Report of the Indian Hemp Drugs Commission, 1894-1895 - Volume IV
Year: 1894
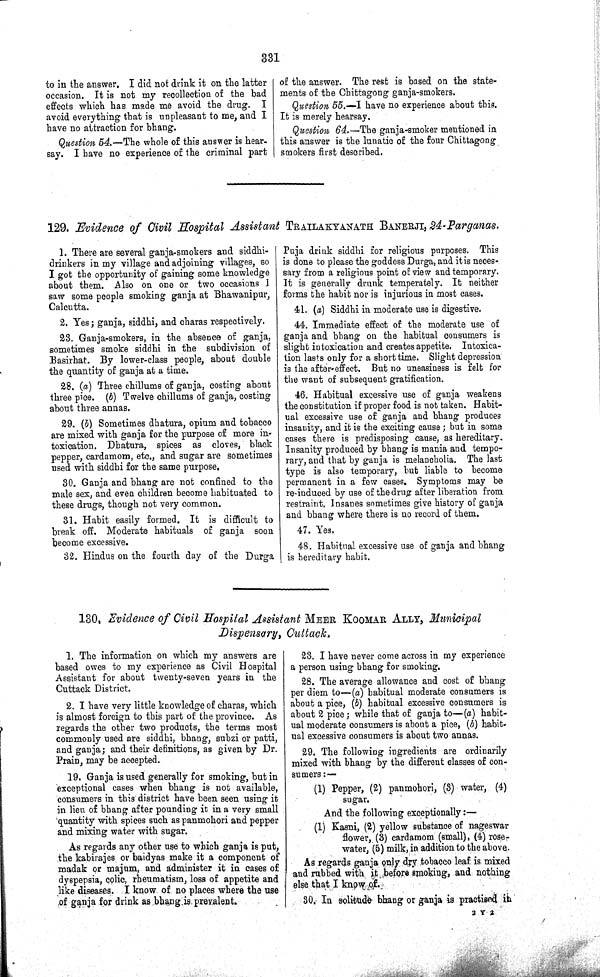
331
to in the answer. I did not drink it on the latter
occasion. It is not my recollection of the bad
effects which has made me avoid the drug. I
avoid everything that is unpleasant to me, and I
have no attraction for bhang.
Question 54.—The whole of this answer is hear-
say. I have no experience of the criminal part
of the answer. The rest is based on the state-
ments of the Chittagong ganja-smokers.
Question 55.—I have no experience about this.
It is merely hearsay.
Question 64.—The ganja-smoker mentioned in
this answer is the lunatic of the four Chittagong
smokers first described.
129. Evidence of Civil Hospital Assistant TRAILAKYANATH BANERJI, 24-Parganas.
1. There are several ganja-smokers and siddhi-
drinkers in my village and adjoining villages, so
I got the opportunity of gaining some knowledge
about them. Also on one or two occasions I
saw some people smoking ganja at Bhawanipur,
Calcutta.
2. Yes; ganja, siddhi, and charas respectively.
23. Ganja-smokers, in the absence of ganja,
sometimes smoke siddhi in the subdivision of
Basirhat. By lower-class people, about double
the quantity of ganja at a time.
28. (a) Three chillums of ganja, costing about
three pice. (b) Twelve chillums of ganja, costing
about three annas.
29. (b) Sometimes dhatura, opium and tobacco
are mixed with ganja for the purpose of more in-
toxication. Dhatura, spices as cloves, black
pepper, cardamom, etc., and sugar are sometimes
used with siddhi for the same purpose.
30. Ganja and bhang are not confined to the
male sex, and even children become habituated to
these drugs, though not very common.
31. Habit easily formed. It is difficult to
break off. Moderate habituals of ganja soon
become excessive.
32. Hindus on the fourth day of the Durga
Puja drink siddhi for religious purposes. This
is done to please the goddess Durga, and it is neces-
sary from a religious point of view and temporary.
It is generally drunk temperately. It neither
forms the habit nor is injurious in most cases.
41. (a) Siddhi in moderate use is digestive.
44. Immediate effect of the moderate use of
ganja and bhang on the habitual consumers is
slight intoxication and creates appetite. Intoxica-
tion lasts only for a short time. Slight depression
is the after-effect. But no uneasiness is felt for
the want of subsequent gratification.
46. Habitual excessive use of ganja weakens
the constitution if proper food is not taken. Habit-
ual excessive use of ganja and bhang produces
insanity, and it is the exciting cause; but in some
cases there is predisposing cause, as hereditary.
Insanity produced by bhang is mania and tempo-
rary, and that by ganja is melancholia. The last
type is also temporary, but liable to become
permanent in a few cases. Symptoms may be
re-induced by use of the drug after liberation from
restraint. Insanes sometimes give history of ganja
and bhang where there is no record of them.
47. Yes.
48. Habitual excessive use of ganja and bhang
is hereditary habit.
130. Evidence of Civil Hospital Assistant MEER KOOMAR ALLY, Municipal
Dispensary, Cuttack.
1. The information on which my answers are
based owes to my experience as Civil Hospital
Assistant for about twenty-seven years in the
Cuttack District.
2. I have very little knowledge of charas, which
is almost foreign to this part of the province. As
regards the other two products, the terms most
commonly used are siddhi, bhang, subzi or patti,
and ganja; and their definitions, as given by Dr.
Prain, may be accepted.
19. Ganja is used generally for smoking, but in
exceptional cases when bhang is not available,
consumers in this district have been seen using it
in lieu of bhang after pounding it in a very small
quantity with spices such as panmohori and pepper
and mixing water with sugar.
As regards any other use to which ganja is put,
the kabirajes or baidyas make it a component of
madak or majum, and administer it in cases of
dyspepsia, colic, rheumatism, loss of appetite and
like diseases. I know of no places where the use
of ganja for drink as bhang is prevalent.
23. I have never come across in my experience
a person using bhang for smoking.
28. The average allowance and cost of bhang
per diem to—(a) habitual moderate consumers is
about a pice, (b) habitual excessive consumers is
about 2 pice; while that of ganja to—(a) habit-
ual moderate consumers is about a pice, (b) habit-
ual excessive consumers is about two annas.
29. The following ingredients are ordinarily
mixed with bhang by the different classes of con-
sumers:—
(1) Pepper, (2) panmohori, (3) water, (4)
sugar.
And the following exceptionally:—
(1) Kasni, (2) yellow substance of nageswar
flower, (3) cardamom (small), (4) rose-
water, (5) milk, in addition to the above.
As regards ganja only dry tobacco leaf is mixed
and rubbed with it before smoking, and nothing
else that I know of.
30. In solitude bhang or ganja is practised in
2 Y 2